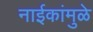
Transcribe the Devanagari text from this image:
नाईकांमुळे